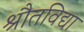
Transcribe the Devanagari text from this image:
श्रौतविद्या